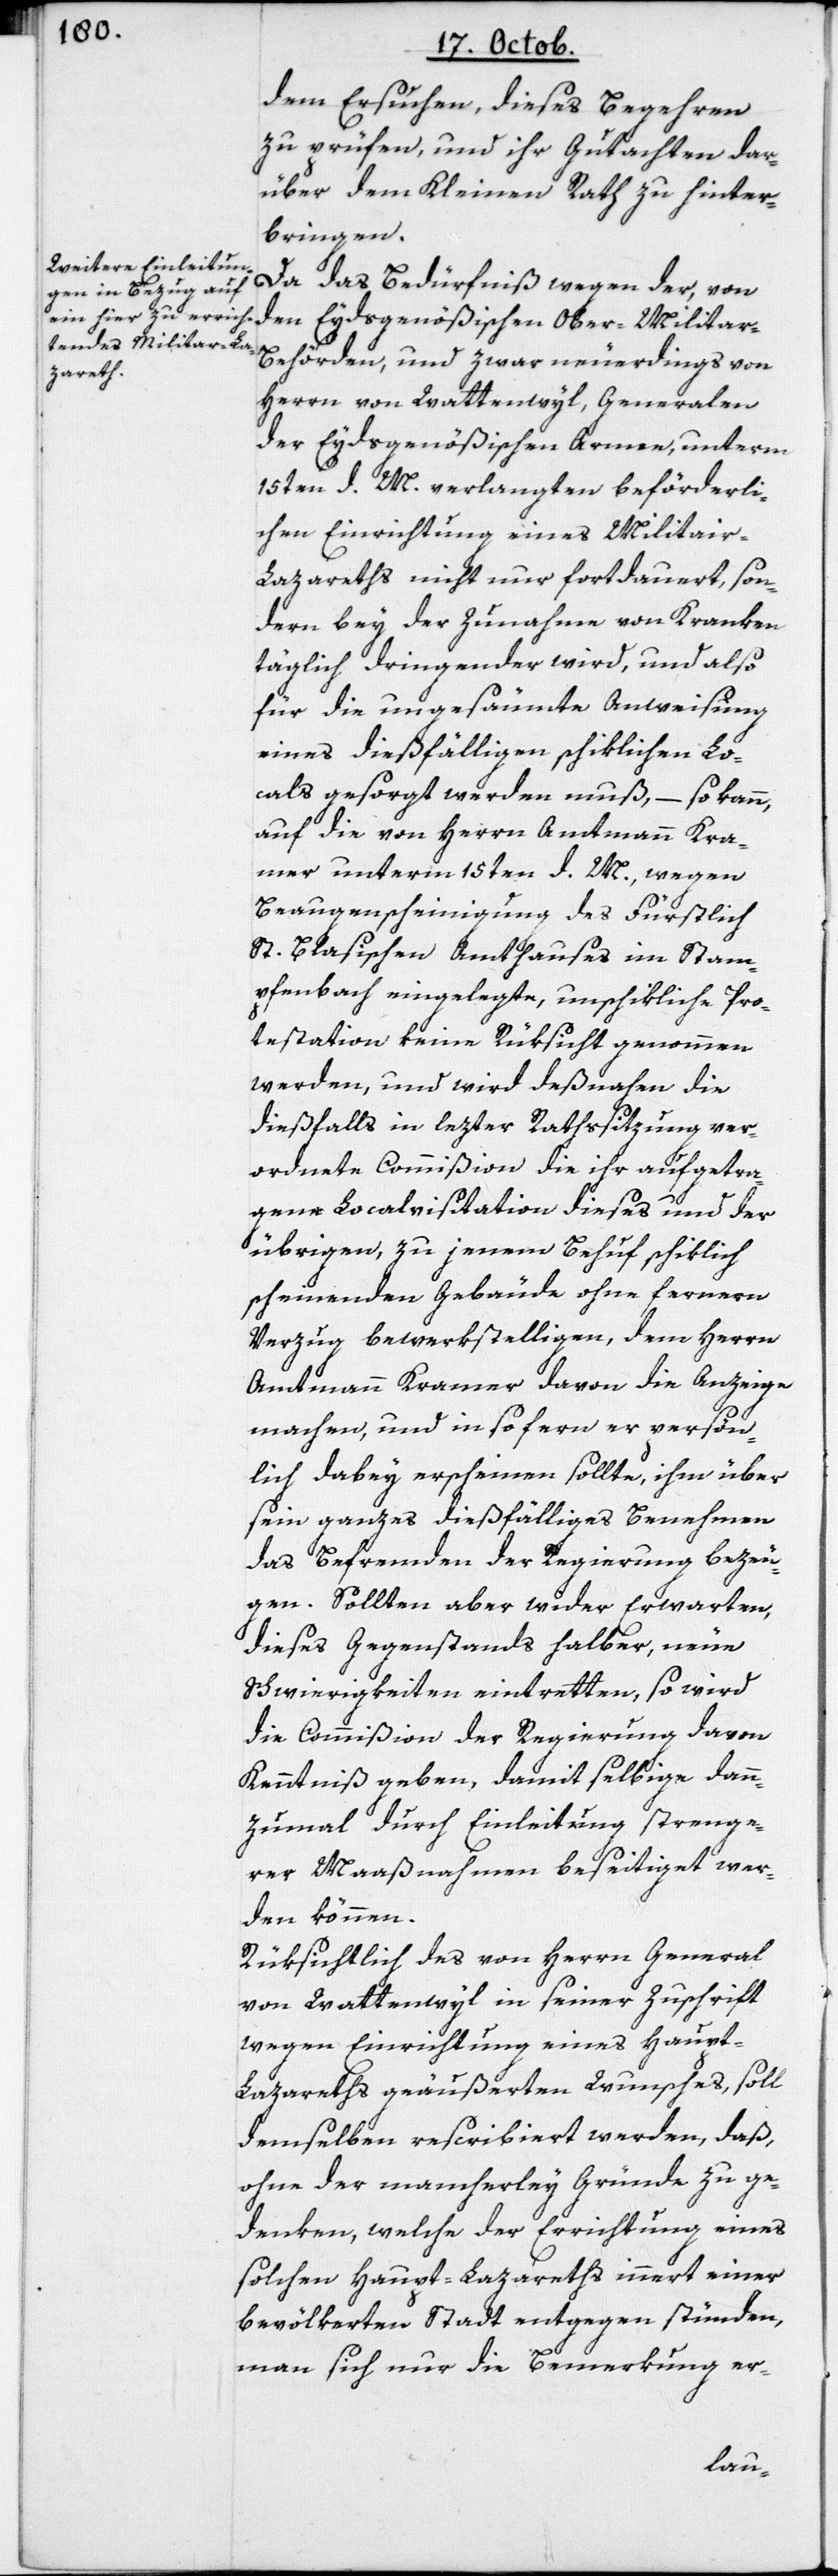
dem Ersuchen, dieses Begehren
zu prüfen und ihr Gutachten dar¬
über dem Kleinen Rath zu hinter¬
bringen.
Da das Bedürfniß wegen der, von
den Eydsgenößischen Ober-Militar-B¬
ehörden, und zwar neuerdings von
Herrn von Wattenwyl, Generalen
der Eydsgenößischen Armee, unterm
15ten d. M. verlangten beförderli¬
chen Einrichtung eines Militar-L¬
azareths nicht nur fortdauert, son¬
dern bey der Zunahme von Kranken
täglich dringender wird, und also
für die ungesäumte Anweisung
eines dießfälligen schiklichen Lo¬
cals gesorgt werden muß, – so kann
auf die von Herrn Amtmann Kra¬
mer unterm 15ten d. M., wegen
Beaugenscheinigung des Fürstlich
St. Blasischen-Amtshauses im Stam¬
pfenbach eingelegte, unschikliche Pro¬
testation keine Rüksicht genohmen
werden, und wird deßnahen die
dießfalls in letzter Rathssitzung ver¬
ordnete Commißion die ihr aufgetra¬
gene Localvisitation dieses und der
übrigen, zu jenem Behuf schiklich
scheinenden Gebäude ohne fernern
Verzug bewerkstelligen, dem Herrn
Amtmann Kramer davon die Anzeige
machen, und in so fern er persön¬
lich dabey erscheinen sollte, ihm über
sein ganzes dießfälliges Benehmen
das Befremden der Regierung bezeu¬
gen. Sollten aber wider Erwarten,
dieses Gegenstands halber, neue
Schwierigkeiten eintretten, so wird
die Commißion der Regierung davon
Kenntniß geben, damit selbige dann¬
zumal durch Einleitung strenge¬
rer Maaßnahmen beseitiget wer¬
den können.
Rüksichtlich des von Herrn General
von Wattenwyl in seiner Zuschrift
wegen Einrichtung eines Haupt-L¬
azareths geäußerten Wunsches, soll
demselben rescribiert werden, daß
ohne der mancherley Gründe zu ge¬
denken, welche der Errichtung eines
solchen Haupt-Lazareths innert einer
bevölkerten Stadt entgegen stünden,
man sich nur die Bemerkung er-